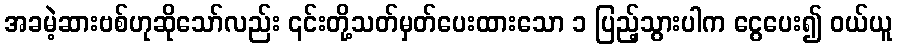
အခမဲ့ဆားဗစ်ဟုဆိုသော်လည်း ၎င်းတို့သတ်မှတ်ပေးထားသော ၁ ပြည့်သွားပါက ငွေပေး၍ ဝယ်ယူ